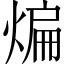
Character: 煸